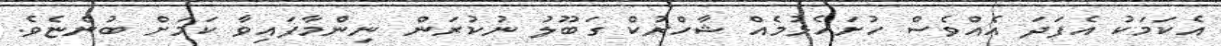
އެކަމަކު އެފަދަ އެއްވެސް ހުށަހެޅުމެއް ޝާހްރުކް ގަބޫލު ނުކުރަން ނިންމާފައިވާ ކަމަށް ބުންޏެވެ.